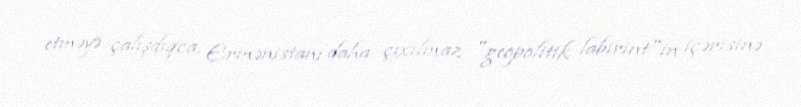
etməyə çalışdıqca, Ermənistanı daha çıxılmaz "geopolitik labirint"in içərisinə